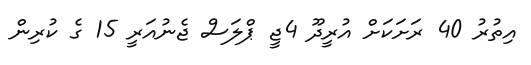
އިތުރު 40 ރަށަކަށް އުރީދޫ 4ޖީ ޕްލަސް ޖެނުއަރީ 15 ގެ ކުރިން